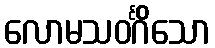
လောမသဝင်္ဂိသော